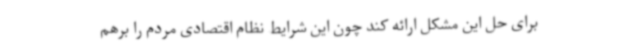
برای حل این مشکل ارائه کند چون این شرایط نظام اقتصادی مردم را برهم